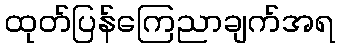
ထုတ်ပြန်ကြေညာချက်အရ